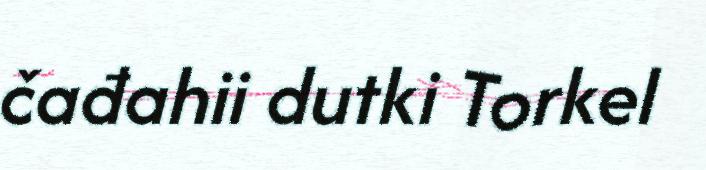
čađahii dutki Torkel